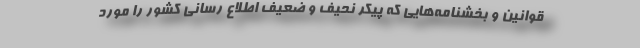
قوانین و بخشنامه‌هایی که پیکر نحیف و ضعیف اطلاع رسانی کشور را مورد